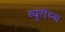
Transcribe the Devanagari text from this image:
ब्युरोच्या